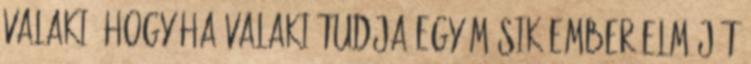
valaki, hogy ha valaki tudja egy másik ember elméjét